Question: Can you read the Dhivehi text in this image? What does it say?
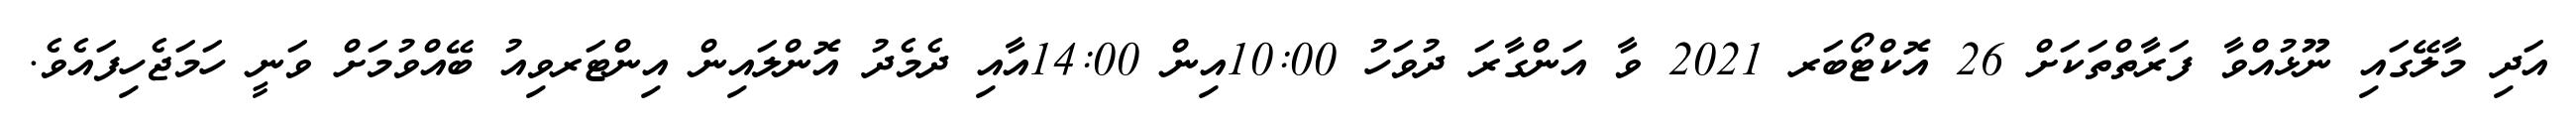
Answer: އަދި މާލޭގައި ނޫޅުއްވާ ފަރާތްތަކަށް 26 އޮކްޓޯބަރ 2021 ވާ އަންގާރަ ދުވަހު 10:00އިން 14:00އާއި ދެމެދު އޮންލައިން އިންޓަރވިއު ބޭއްވުމަށް ވަނީ ހަމަޖެހިފައެވެ.